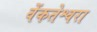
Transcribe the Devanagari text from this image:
वेंकतेश्वरा